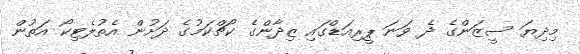
މިދިޔަ ސީޒަންގެ ދެ ވަނަ ޕީރިއަޑްގައި ޒިދާންގެ ކޯޗްކަމުގެ ދަށުން އެތުލެޓިކޯ އަތުން